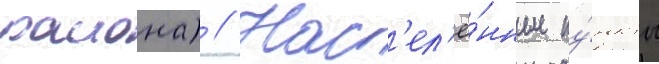
раиона) // Нас'ел'ё́нные пу́нкты